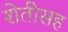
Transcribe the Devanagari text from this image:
शेतीसह